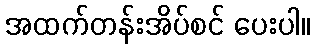
အထက်တန်းအိပ်စင် ပေးပါ။